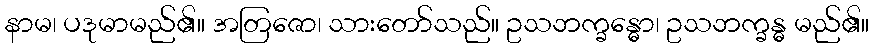
နာမ၊ ပဒုမာမည်၏။ အတြဇော၊ သားတော်သည်။ ဥသဘက္ခန္ဓော၊ ဥသဘက္ခန္ဓ မည်၏။